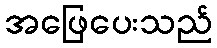
အဖြေပေးသည်